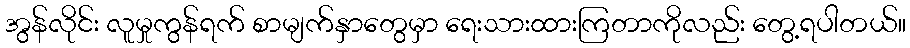
အွန်လိုင်း လူမှုကွန်ရက် စာမျက်နှာတွေမှာ ရေးသားထားကြတာကိုလည်း တွေ့ရပါတယ်။